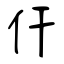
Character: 仠